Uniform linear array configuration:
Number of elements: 64
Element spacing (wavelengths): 0.75
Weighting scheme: binomial
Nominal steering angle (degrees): -45
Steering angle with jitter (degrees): -45.603
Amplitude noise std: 0.05
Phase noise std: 0.05

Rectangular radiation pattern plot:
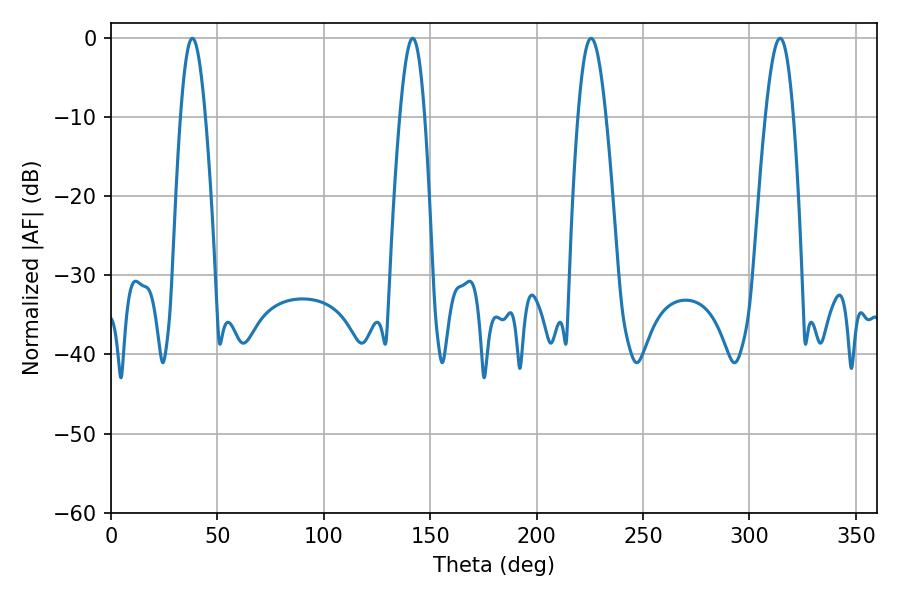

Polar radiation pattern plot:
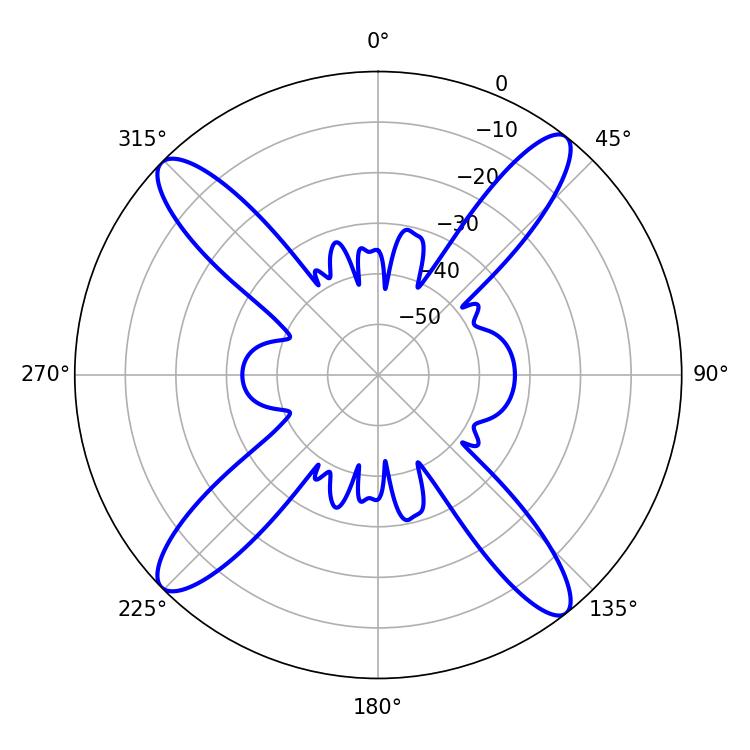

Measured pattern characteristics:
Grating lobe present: TRUE
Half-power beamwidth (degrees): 7.2
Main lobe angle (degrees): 225.54